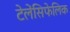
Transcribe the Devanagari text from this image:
टेलेंसिफेलिक